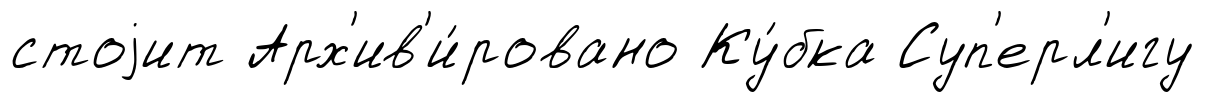
стоjит Арх'ив'и́ровано Ку́бка Суп'ерл'игу